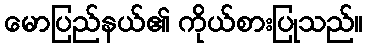
မောပြည်နယ်၏ ကိုယ်စားပြုသည်။